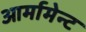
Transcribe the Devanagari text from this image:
आर्मामेन्ट